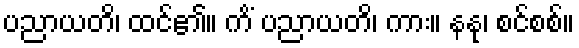
ပညာယတိ၊ ထင်၏။ ကိံ ပညာယတိ၊ ကား။ နနု၊ စင်စစ်။